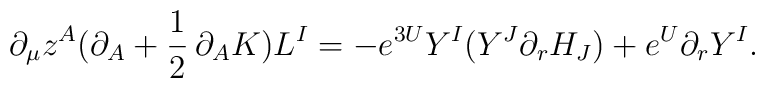
\partial _{\mu }z^{A}(\partial _{A}+{\frac{1}{2}}\,\partial_{A}K)L^{I}=-e^{3U}Y^{I}({Y}^{J}\partial_r H_{J})+e^{U}\partial_r Y^{I}.